Source: Handwritten
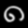
Digit: ၈ (8)